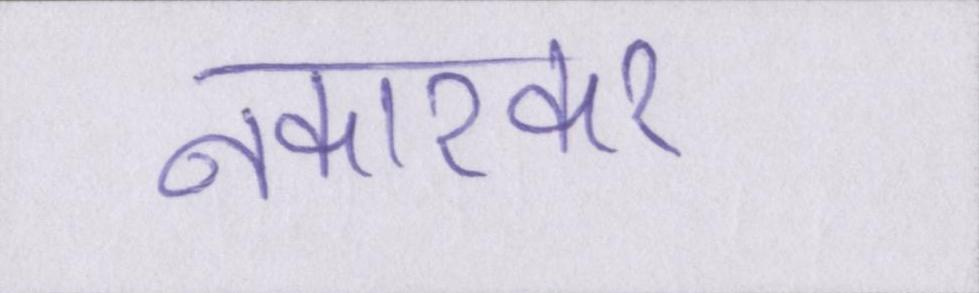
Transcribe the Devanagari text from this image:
नकारकर